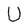
Character: U